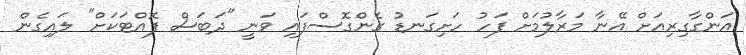
އަންގާގިރިއަށް އޭނާ މަރާލުމަށް ފަހު ހަށިގަނޑު ގެންގޮސްފައި ވަނީ "ދަބަސް ފޮއްޓަކަށް" ލައިގެން